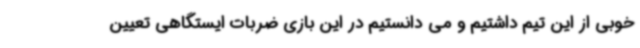
خوبی از این تیم داشتیم و می دانستیم در این بازی ضربات ایستگاهی تعیین